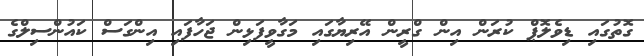
ގޮތުގައި ޑިވެލޮޕް ކުރަން އިން ގްރީން އޭރިޔާގައި މަގާވީފަޅިން ޖަހާފައި އިންގަސް ކައުންސިލްގެ